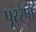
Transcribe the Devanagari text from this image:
पूररेषा